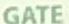
GATE